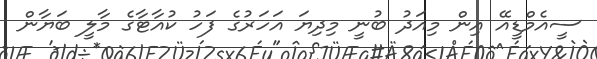
ސީއެމްޑީއޭ އިން މިއަދު ބުނީ މިދިޔަ އަހަރުގެ ފަހު ކުއާޓާގެ މާލީ ބަޔާން